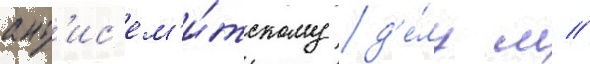
ант'ис'ем'и́тскому д'е́лу м //